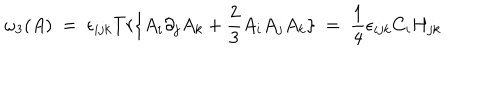
\omega _ { 3 } ( A ) \ = \ \epsilon _ { i j k } T r \{ A _ { i } \partial _ { j } A _ { k } + \frac { 2 } { 3 } A _ { i } A _ { j } A _ { k } \} \ = \ \frac { 1 } { 4 } \epsilon _ { i j k } C _ { i } H _ { j k }